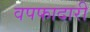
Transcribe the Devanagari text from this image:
वपफादारी